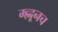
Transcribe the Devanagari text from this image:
म्ह्णूनच